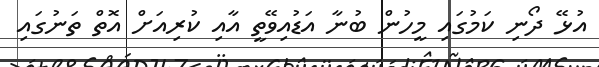
އުޅޭ ދޯނި ކަމުގައި މީހުން ބުނާ އަޑުއިވޭތީ އާއި ކުރިއަށް އޮތް ތަނުގައި